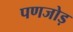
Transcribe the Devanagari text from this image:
पणजोड़